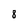
Character: 8